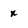
Character: x